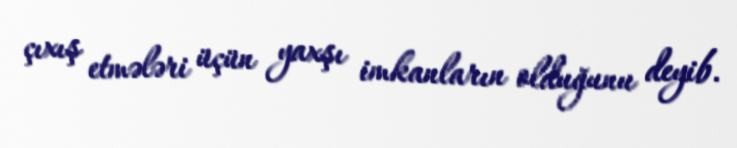
çıxış etmələri üçün yaxşı imkanların olduğunu deyib.